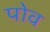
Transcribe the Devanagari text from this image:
पोव